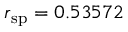
r _ { \mathrm { s p } } = 0 . 5 3 5 7 2